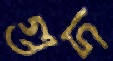
গুদ